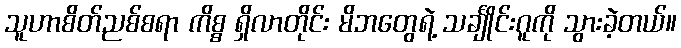
သူဟာစိတ်ညစ်စရာ ကိစ္စ ရှိလာတိုင်း မိဘတွေရဲ့ သင်္ချိုင်းဂူကို သွားခဲ့တယ်။